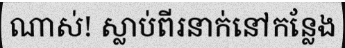
ណាស់! ស្លាប់ពីរនាក់នៅកន្លែង